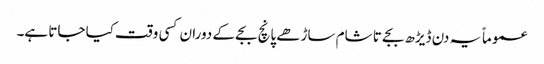
عموماً یہ دن ڈیڑھ بجے تا شام ساڑھے پانچ بجے کے دوران کسی وقت کیا جاتا ہے۔